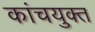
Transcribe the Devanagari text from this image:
कांचयुक्त